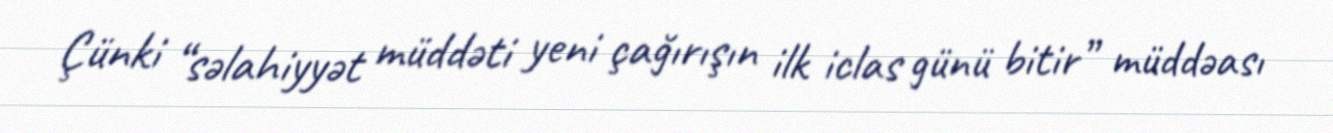
Çünki “səlahiyyət müddəti yeni çağırışın ilk iclas günü bitir” müddəası